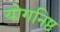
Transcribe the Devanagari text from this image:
योगनिष्ठ